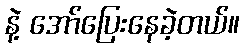
နဲ့ အော်ပြေးနေခဲ့တယ်။